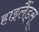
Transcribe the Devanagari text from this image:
हाइलैंड्स्